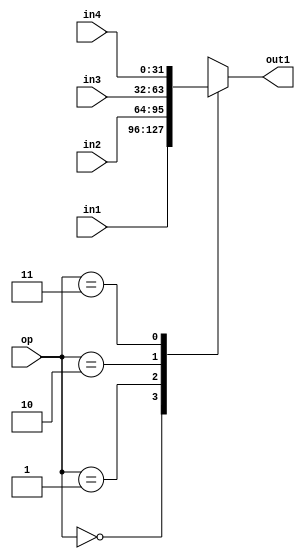
module mux2(out1, in1, in2, in3, in4, op);

input [1:0] op;
input [31:0] in1;
input [31:0] in2;
input [31:0] in3;
input [31:0] in4;

output reg [31:0] out1;

always@(*)
begin
	case(op)
		2'b00: out1 <= in1;
		2'b01: out1 <= in2;
		2'b10: out1 <= in3;
		2'b11: out1 <= in4;
	endcase
end
endmodule